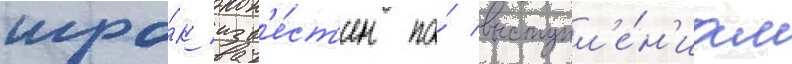
игро́к изв'е́ст'ен по́ выступл'е́н'иам